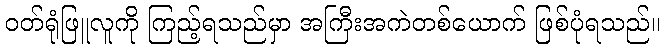
ဝတ်ရုံဖြူလူကို ကြည့်ရသည်မှာ အကြီးအကဲတစ်ယောက် ဖြစ်ပုံရသည်။